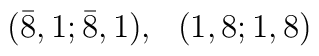
({\bar 8},1;{\bar 8},1),~~(1,8;1,8)